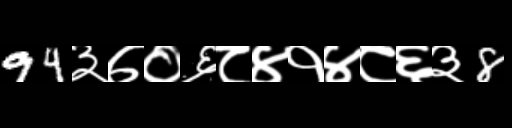
Text: 94३७०६८४१४८६३8